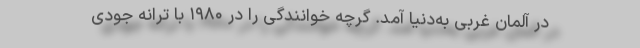
در آلمان غربی به‌دنیا آمد. گرچه خوانندگی را در ۱۹۸۰ با ترانه جودی